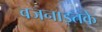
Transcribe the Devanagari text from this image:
वजनाइतके